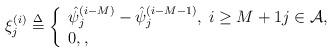
LaTeX: \begin{align*} \xi _j^{(i)} \buildrel \Delta \over = \left\{ \begin{array}{l}\hat \psi _j^{(i - M)} - \hat \psi _j^{(i - M - 1)}, \; i \ge M + 1 j \in {\cal A}, \\0, ,\end{array} \right.\end{align*}